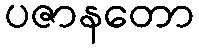
ပဇာနတော